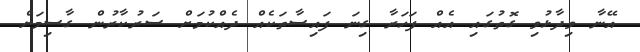
އޭނާ ވިދާޅުވި ގޮތުގައި އެއް ފަހަރާ ގިނަ ފައިސާތަކެއް ދެއްކުމަށް ސަރުކާރުން ގާސިމަށް